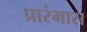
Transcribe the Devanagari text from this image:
प्रारंभास